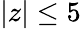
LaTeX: |z|\leq 5